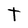
Character: t